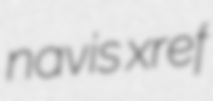
navis xref